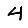
Digit: 4